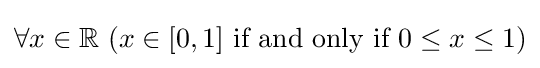
\forall x\in \mathbb {R} \ (x\in [0,1]{\text{ if and only if }}0\leq x\leq 1)